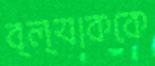
ব্ল্যাককে